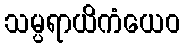
သမ္ပရာယိကံယေဝ